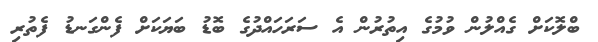
ބްލޮކަށް ގެއްލުން ވުމުގެ އިތުރުން އެ ސަރަހައްދުގެ ބޮޑު ބަޔަކަށް ފެންގަނޑު ފެތުރި